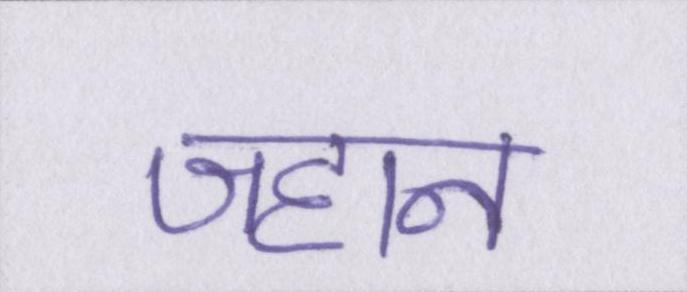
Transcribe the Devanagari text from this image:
जहान